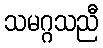
သမဂ္ဂသညီ